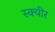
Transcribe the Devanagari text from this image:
स्क्यीर